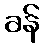
ခန်